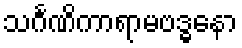
သင်္ဂဏိကာရာမဗဒ္ဓနော